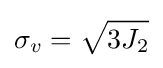
\sigma _{v}={\sqrt {3J_{2}}}